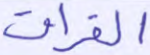
الفراق